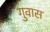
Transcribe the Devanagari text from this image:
गुवास